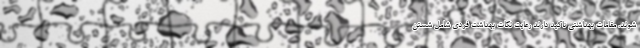
شوند. مقامات بهداشتی تاکید دارند رعایت نکات بهداشت فردی شامل شستن